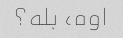
اوه، بله؟